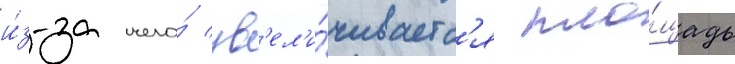
и́з-за чего́ ув'ел'и́чиваетс'я пло́щадь